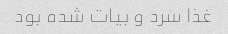
غذا سرد و بیات شده بود